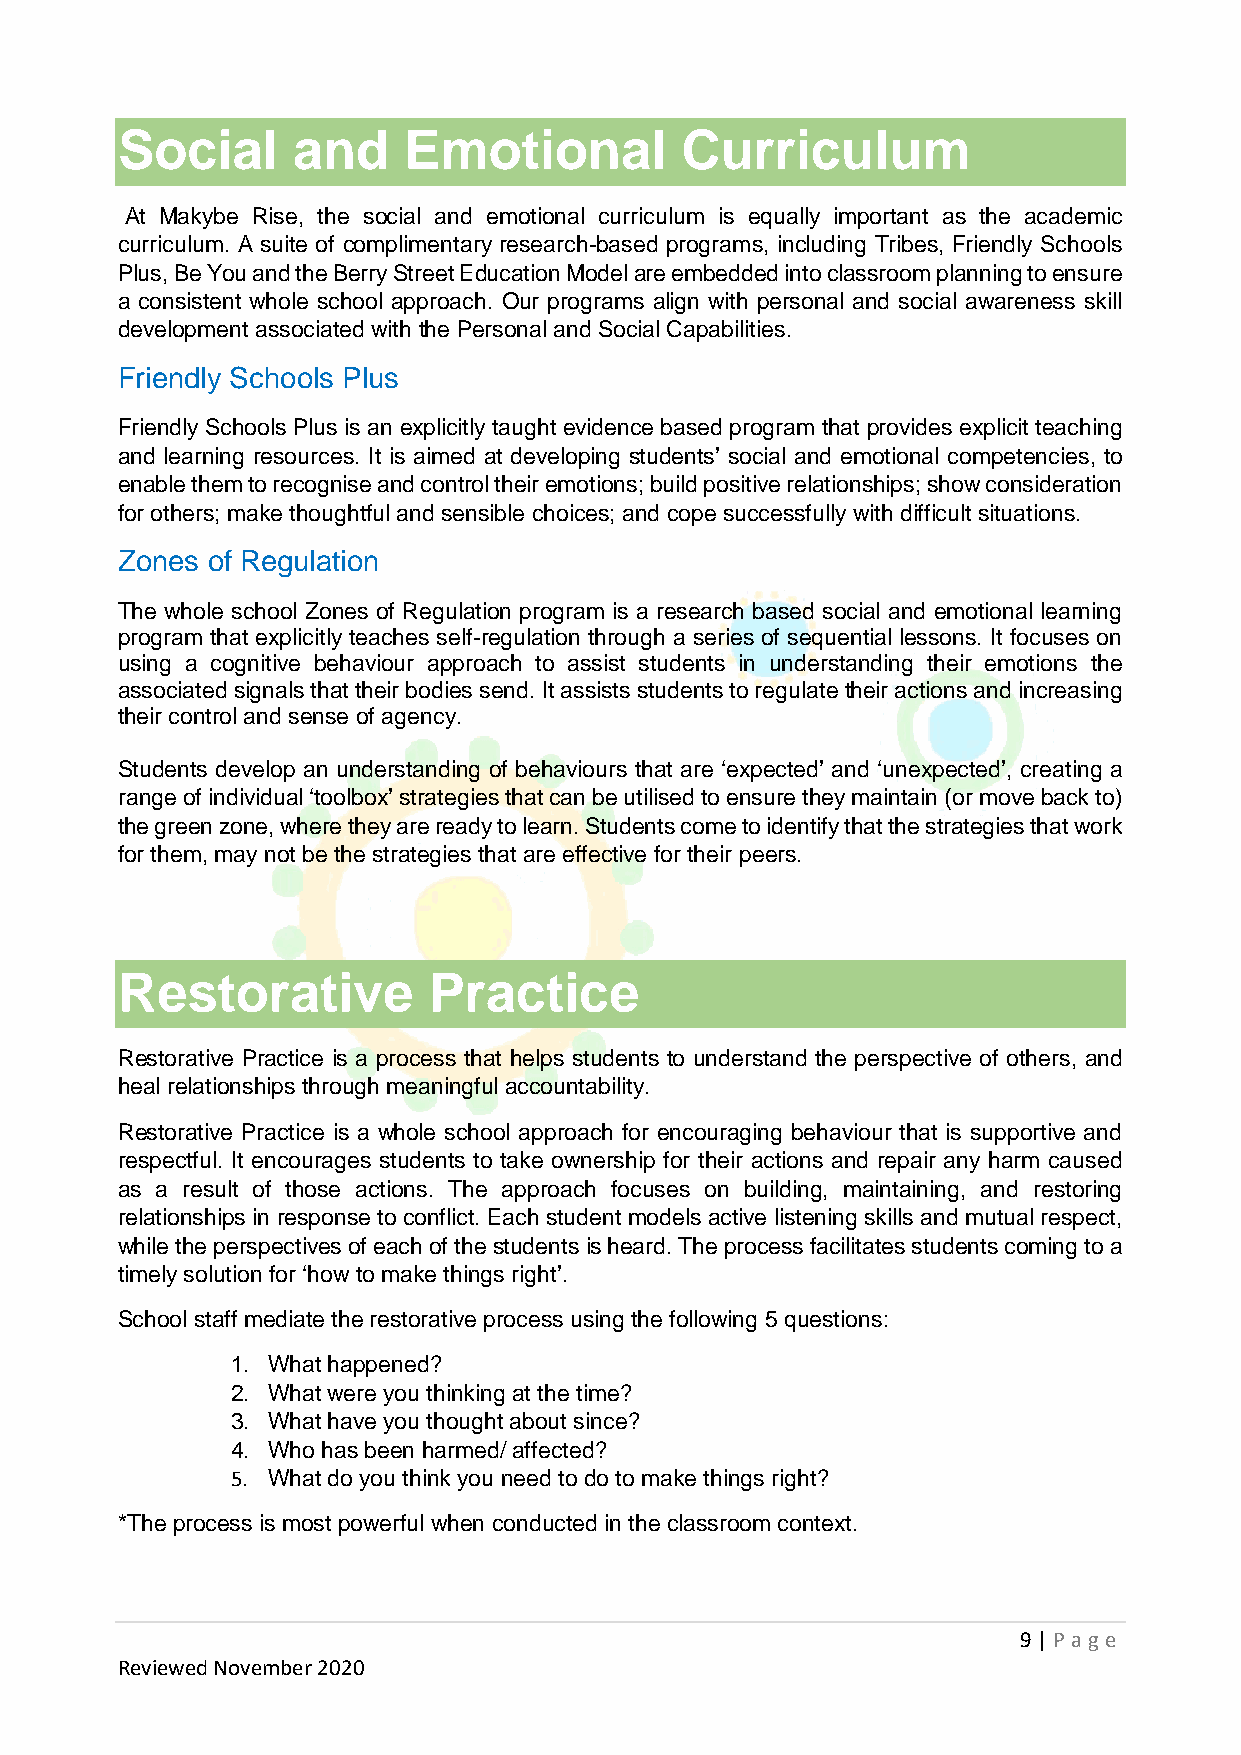
Social     and     Emotional         Curriculum
 At Makybe Rise, the social and emotional curriculum is equally important as the academic
 curriculum. A suite of complimentary research-based programs, including Tribes, Friendly Schools
 Plus, Be You and the Berry Street Education Model are embedded into classroom planning to ensure
 a consistent whole school approach. Our programs align with personal and social awareness skill
 development associated with the Personal and Social Capabilities.
 Friendly Schools Plus
 Friendly Schools Plus is an explicitly taught evidence based program that provides explicit teaching
 and learning resources. It is aimed at developing students’ social and emotional competencies, to
 enable them to recognise and control their emotions; build positive relationships; show consideration
 for others; make thoughtful and sensible choices; and cope successfully with difficult situations.
 Zones of Regulation
 The whole school Zones of Regulation program is a research based social and emotional learning
 program that explicitly teaches self-regulation through a series of sequential lessons. It focuses on
 using a cognitive behaviour approach to assist students in understanding their emotions the
 associated signals that their bodies send. It assists students to regulate their actions and increasing
 their control and sense of agency.
 Students develop an understanding of behaviours that are ‘expected’ and ‘unexpected’, creating a
 range of individual ‘toolbox’ strategies that can be utilised to ensure they maintain (or move back to)
 the green zone, where they are ready to learn. Students come to identify that the strategies that work
 for them, may not be the strategies that are effective for their peers.
 Restorative         Practice
 Restorative Practice is a process that helps students to understand the perspective of others, and
 heal relationships through meaningful accountability.
 Restorative Practice is a whole school approach for encouraging behaviour that is supportive and
 respectful. It encourages students to take ownership for their actions and repair any harm caused
 as a result of those actions. The approach focuses on building, maintaining, and restoring
 relationships in response to conflict. Each student models active listening skills and mutual respect,
 while the perspectives of each of the students is heard. The process facilitates students coming to a
 timely solution for ‘how to make things right’.
 School staff mediate the restorative process using the following 5 questions:
 1. What happened?
 2. What were you thinking at the time?
 3. What have you thought about since?
 4. Who has been harmed/ affected?
 5. What do you think you need to do to make things right?
 *The process is most powerful when conducted in the classroom context.
 9 | P age
 Reviewed November 2020